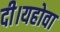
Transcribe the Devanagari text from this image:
दी।यहोवा